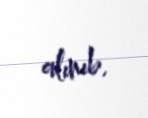
alınıb.